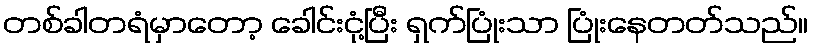
တစ်ခါတရံမှာတော့ ခေါင်းငုံ့ပြီး ရှက်ပြုံးသာ ပြုံးနေတတ်သည်။